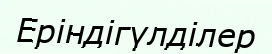
Еріндігүлділер